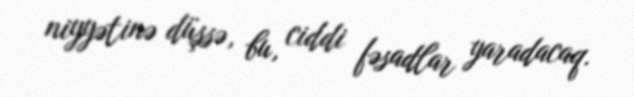
niyyətinə düşsə, bu, ciddi fəsadlar yaradacaq.